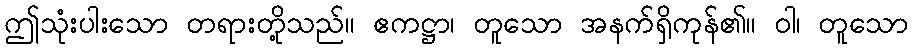
ဤသုံးပါးသော တရားတို့သည်။ ဧကဋ္ဌာ၊ တူသော အနက်ရှိကုန်၏။ ဝါ၊ တူသော